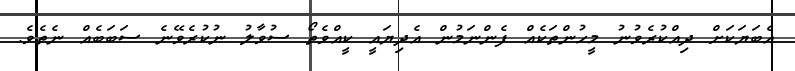
އެބަޔަކަށް ދިއްކުރެވުނު މީހުންތަކެއް ފެންނަމުން އެދިޔައީ ކީއްވެތޯ ސުވާލު ނުކުރެވޭނެ ސަބަބެއް ނެތެވެ.